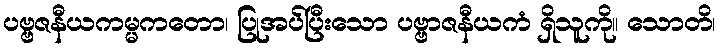
ပဗ္ဗဇနီယကမ္မကတော၊ ပြုအပ်ပြီးသော ပဗ္ဗာဇနီယကံ ရှိသူကို။ သောတိ၊